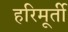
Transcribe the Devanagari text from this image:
हरिमूर्ती